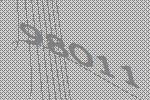
98011